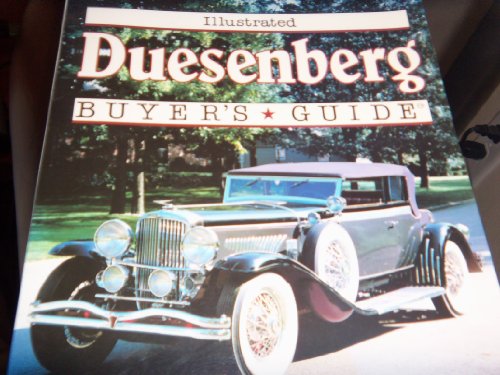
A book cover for Illustrated Duesenberg Buyer's Guide (Illustrated Buyer's Guide); Josh B. Malks; Engineering & Transportation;